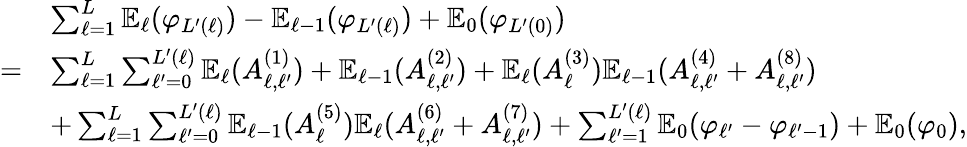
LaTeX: \begin{array}{rl}&{\sum_{\ell=1}^{L}\mathbb{E}_{\ell}(\varphi_{L^{\prime}(\ell)})-\mathbb{E}_{\ell-1}(\varphi_{L^{\prime}(\ell)})+\mathbb{E}_{0}(\varphi_{L^{\prime}(0)})}\\ {=}&{\sum_{\ell=1}^{L}\sum_{\ell^{\prime}=0}^{L^{\prime}(\ell)}\mathbb{E}_{\ell}(A_{\ell,\ell^{\prime}}^{(1)})+\mathbb{E}_{\ell-1}(A_{\ell,\ell^{\prime}}^{(2)})+\mathbb{E}_{\ell}(A_{\ell}^{(3)})\mathbb{E}_{\ell-1}(A_{\ell,\ell^{\prime}}^{(4)}+A_{\ell,\ell^{\prime}}^{(8)})}\\ &{+\sum_{\ell=1}^{L}\sum_{\ell^{\prime}=0}^{L^{\prime}(\ell)}\mathbb{E}_{\ell-1}(A_{\ell}^{(5)})\mathbb{E}_{\ell}(A_{\ell,\ell^{\prime}}^{(6)}+A_{\ell,\ell^{\prime}}^{(7)})+\sum_{\ell^{\prime}=1}^{L^{\prime}(\ell)}\mathbb{E}_{0}(\varphi_{\ell^{\prime}}-\varphi_{\ell^{\prime}-1})+\mathbb{E}_{0}(\varphi_{0}),}\end{array}